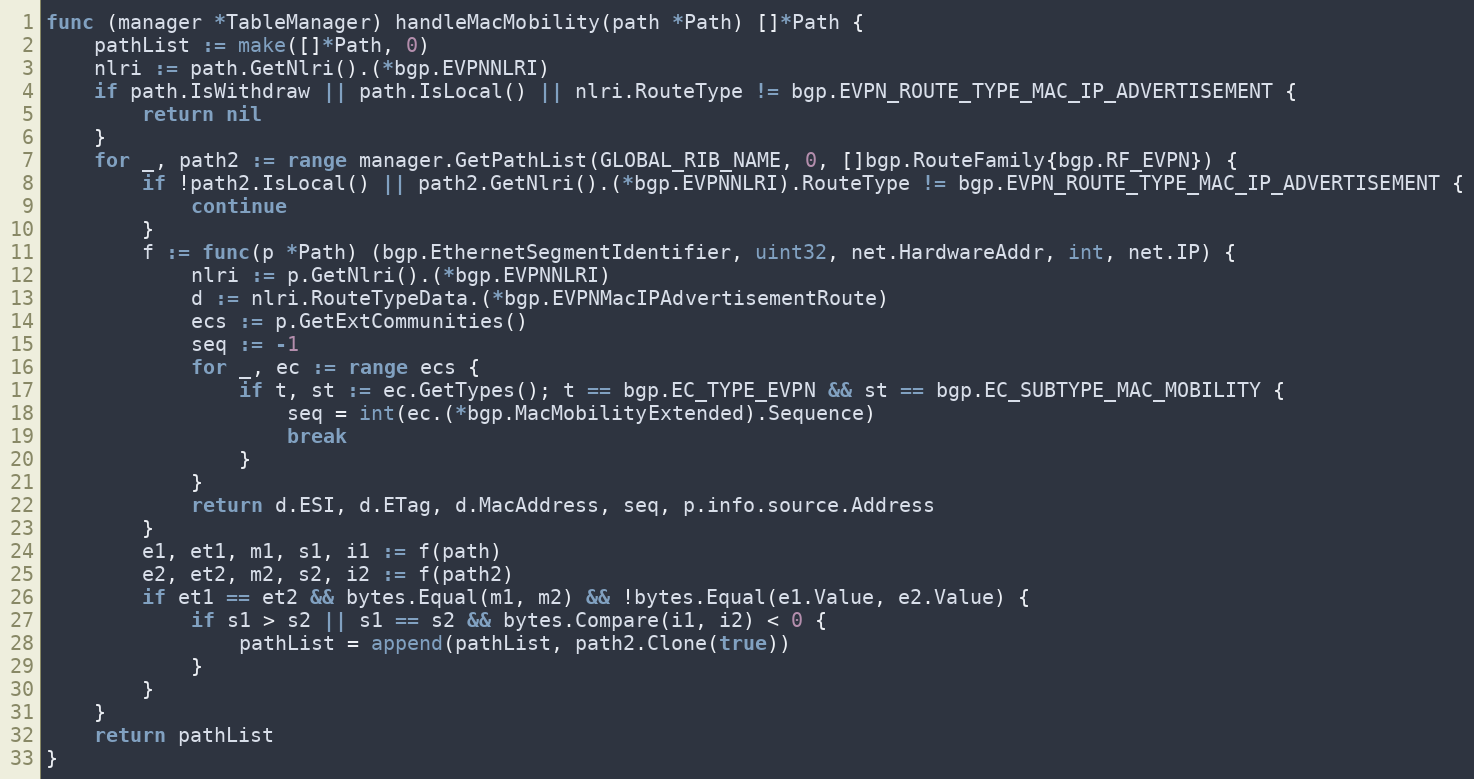
Language: Go
func (manager *TableManager) handleMacMobility(path *Path) []*Path {
	pathList := make([]*Path, 0)
	nlri := path.GetNlri().(*bgp.EVPNNLRI)
	if path.IsWithdraw || path.IsLocal() || nlri.RouteType != bgp.EVPN_ROUTE_TYPE_MAC_IP_ADVERTISEMENT {
		return nil
	}
	for _, path2 := range manager.GetPathList(GLOBAL_RIB_NAME, 0, []bgp.RouteFamily{bgp.RF_EVPN}) {
		if !path2.IsLocal() || path2.GetNlri().(*bgp.EVPNNLRI).RouteType != bgp.EVPN_ROUTE_TYPE_MAC_IP_ADVERTISEMENT {
			continue
		}
		f := func(p *Path) (bgp.EthernetSegmentIdentifier, uint32, net.HardwareAddr, int, net.IP) {
			nlri := p.GetNlri().(*bgp.EVPNNLRI)
			d := nlri.RouteTypeData.(*bgp.EVPNMacIPAdvertisementRoute)
			ecs := p.GetExtCommunities()
			seq := -1
			for _, ec := range ecs {
				if t, st := ec.GetTypes(); t == bgp.EC_TYPE_EVPN && st == bgp.EC_SUBTYPE_MAC_MOBILITY {
					seq = int(ec.(*bgp.MacMobilityExtended).Sequence)
					break
				}
			}
			return d.ESI, d.ETag, d.MacAddress, seq, p.info.source.Address
		}
		e1, et1, m1, s1, i1 := f(path)
		e2, et2, m2, s2, i2 := f(path2)
		if et1 == et2 && bytes.Equal(m1, m2) && !bytes.Equal(e1.Value, e2.Value) {
			if s1 > s2 || s1 == s2 && bytes.Compare(i1, i2) < 0 {
				pathList = append(pathList, path2.Clone(true))
			}
		}
	}
	return pathList
}